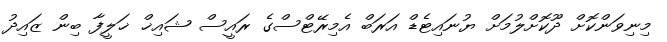
މިނިވަންކޮށް ދޫކޮށްލުމަށް ޔުނައިޓެޑް އަރަބް އެމިރޭޓްސްގެ ރައީސް ޝައިޚް ޚަލީފާ ބިން ޒައިދު